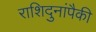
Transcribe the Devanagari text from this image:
राशिदुनांपैकी